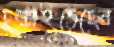
চুল্‌কাইতেছেন